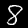
Digit: 8